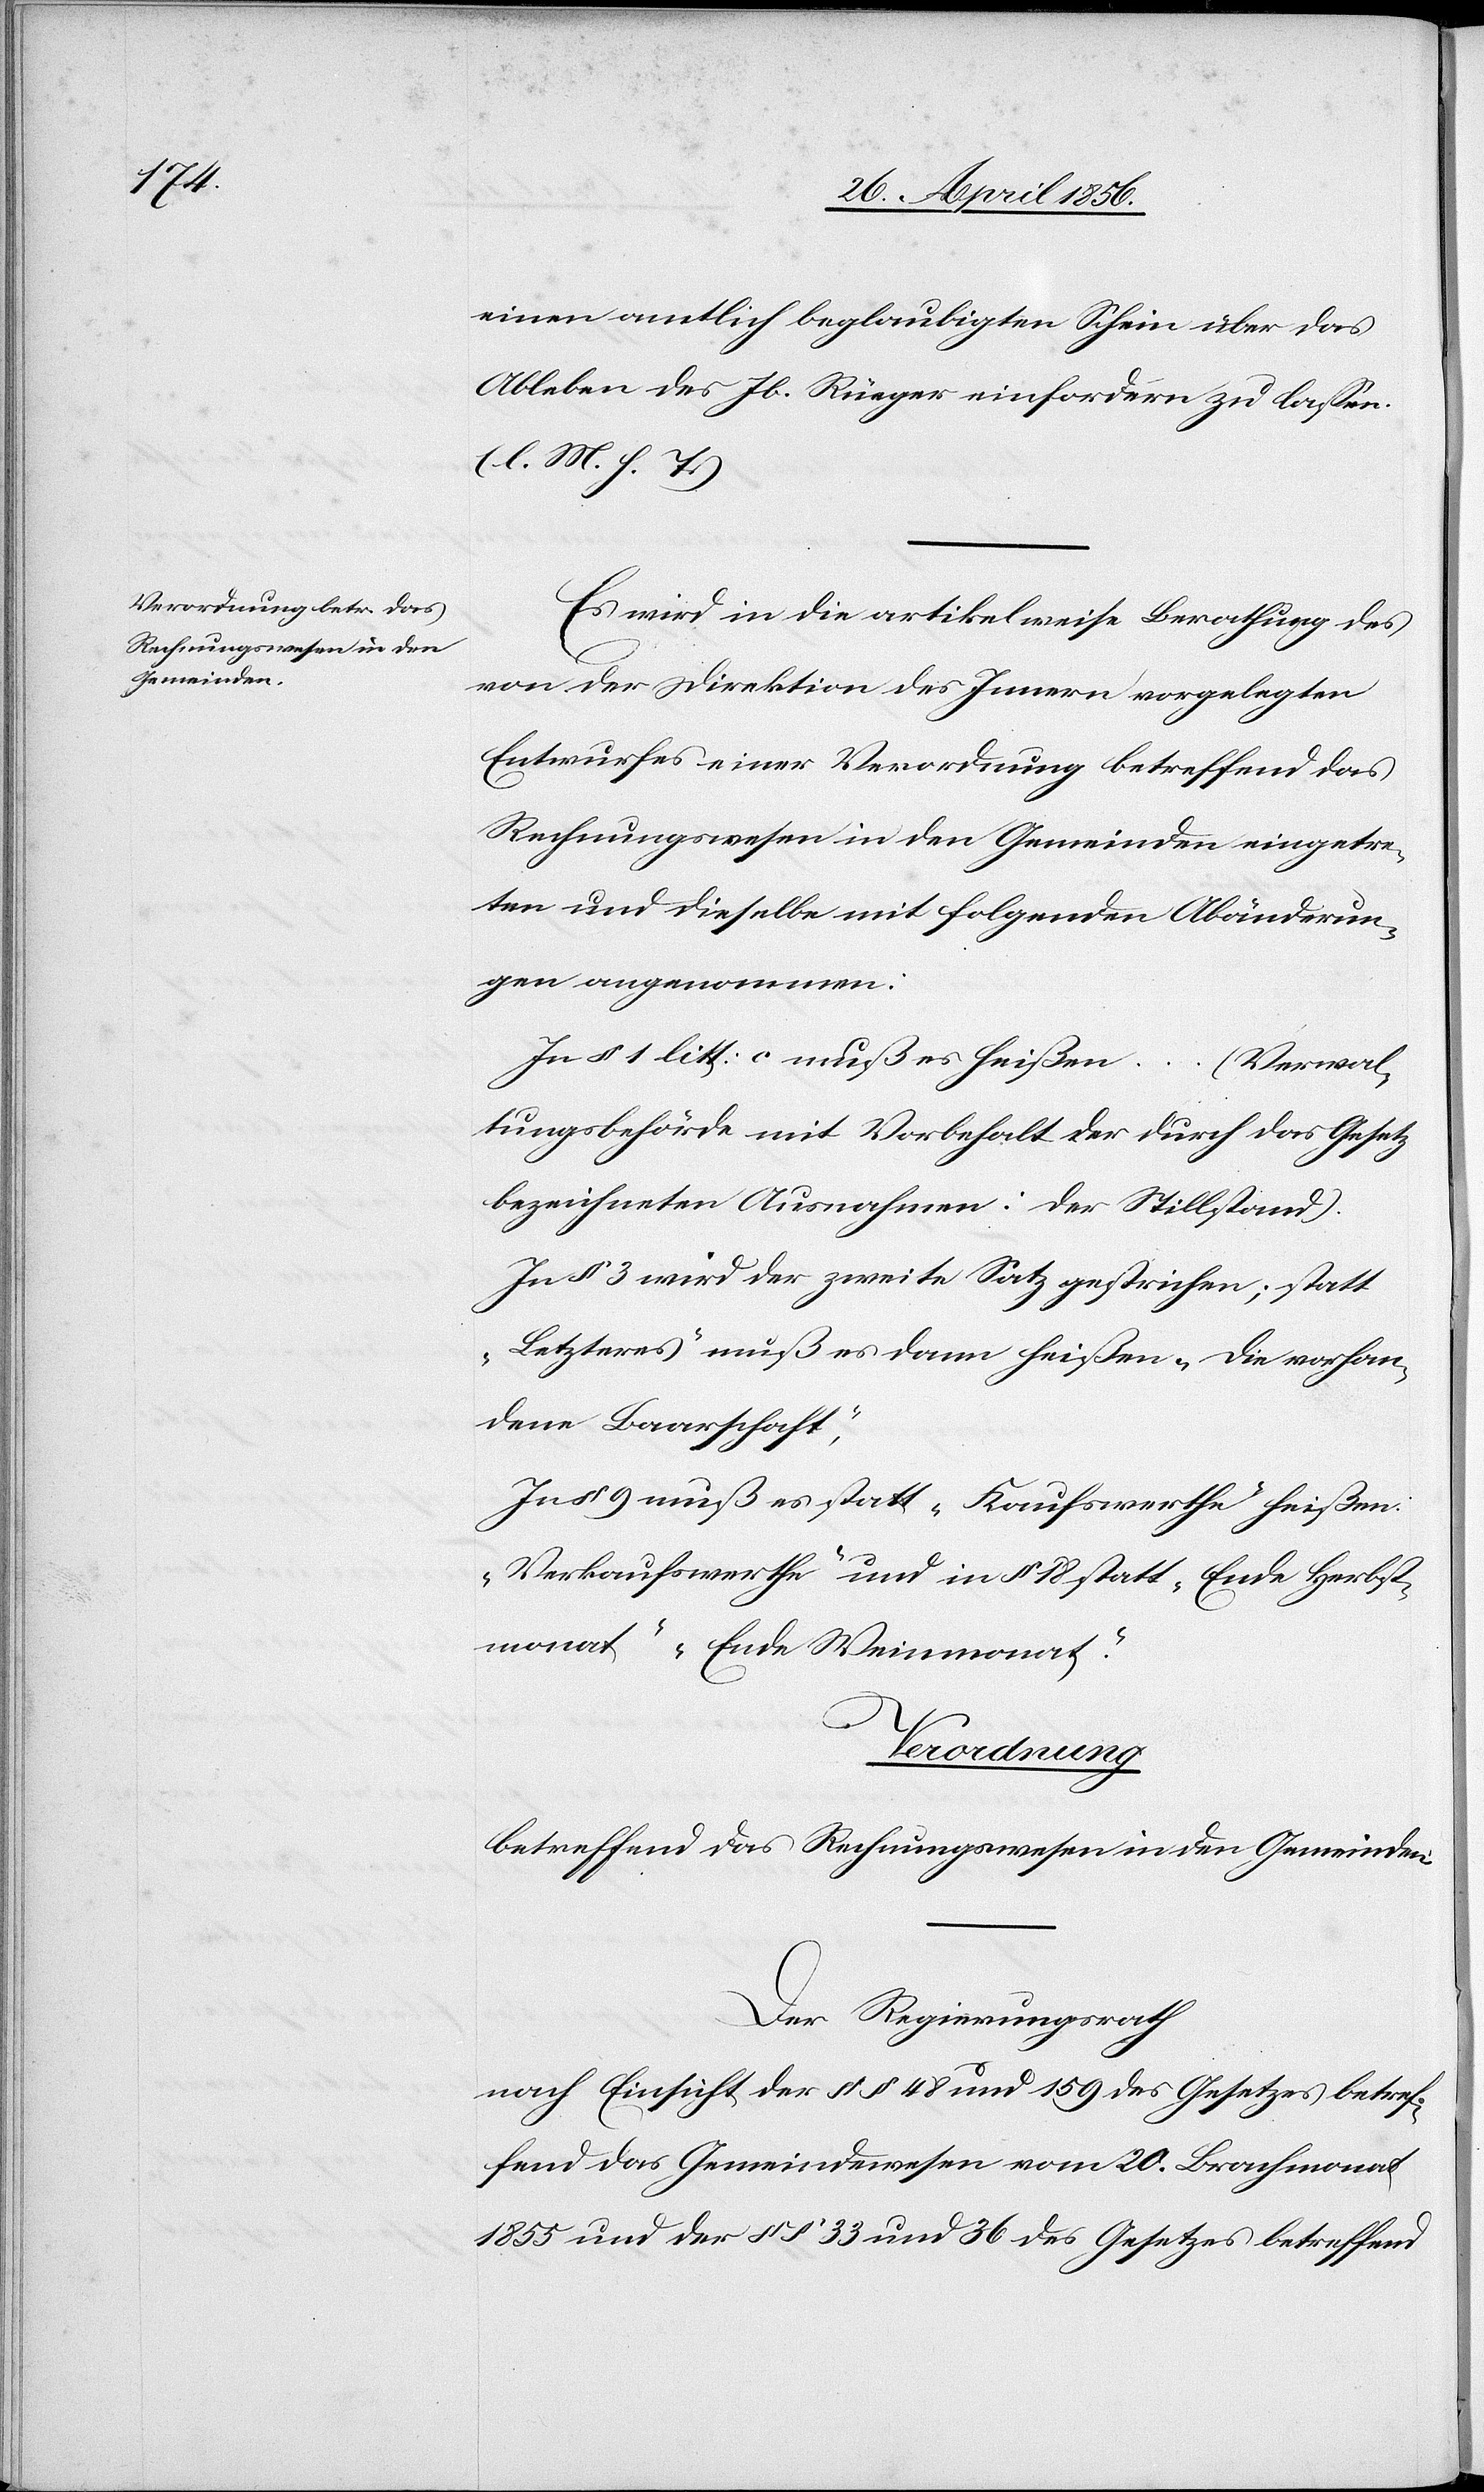
einen amtlich beglaubigten Schein über das
Ableben des Jb. Rüeger einfordern zu lassen.
(l. M. h. T.)
Es wird in die artikelweise Berathung des
von der Direktion des Innern vorgelegten
Entwurfes einer Verordnung betreffend das
Rechnungswesen in den Gemeinden eingetre¬
ten und dieselbe mit folgenden Abänderun¬
gen angenommen:
In § 1 litt: c muß es heißen … (Verwal¬
tungsbehörde mit Vorbehalt der durch das Gesetz
bezeichneten Ausnahmen: der Stillstand).
In § 3 wird der zweite Satz gestrichen; statt
„Letzteres“ muß es dann heißen „die vorhan¬
dene Baarschaft“,
In § 9 muß es statt „Kaufswerthe“ heißen:
„Verkaufswerthe“ und in § 18 statt „Ende Herbst¬
monat“ „Ende Weinmonat“.
Verordnung
betreffend das Rechnungswesen in den Gemeinden
Der Regierungsrath
nach Einsicht der §§ 48 und 159 des Gesetzes betref¬
fend das Gemeindewesen vom 20. Brachmonat
1855 und der §§ 33 und 36 des Gesetzes betreffend